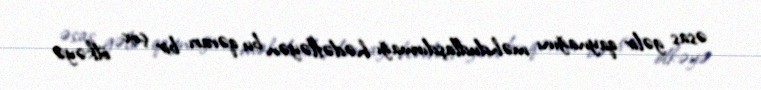
əsas gəlir qaynağını məhdudlaşdırmağı hədəfləyən bu qərarı bir çox ölkəyə